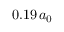
0 . 1 9 \, a _ { 0 }